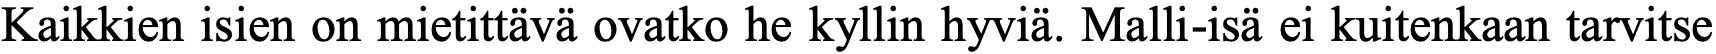
Kaikkien isien on mietittävä ovatko he kyllin hyviä. Malli-isä ei kuitenkaan tarvitse